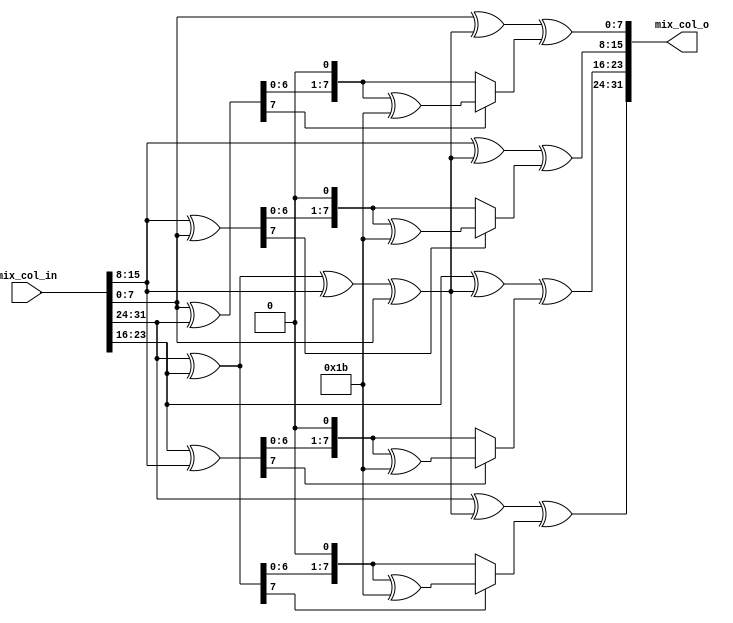
`timescale 1ns/1ns

module mix_columns (
    output [4*8 - 1 : 0] mix_col_o,
    input [4*8 - 1 : 0] mix_col_in
);

    wire [7:0] mix_col_in_2d [0:3];

    // Matrix Convert
    assign mix_col_in_2d[3] = mix_col_in[7:0];
    assign mix_col_in_2d[2] = mix_col_in[15:8];
    assign mix_col_in_2d[1] = mix_col_in[23:16];
    assign mix_col_in_2d[0] = mix_col_in[31:24];

    //Mix One Column
    function [7:0] xtime;
    input [7:0] a;
    begin
        if (a[7] == 1'b1)  
        xtime = (a << 1) ^ 8'h1b;
        else
        xtime = a << 1;
    end
    endfunction

    wire [7:0] t = mix_col_in_2d[0] ^ mix_col_in_2d[1] ^ mix_col_in_2d[2] ^ mix_col_in_2d[3];
    wire [7:0] u = mix_col_in_2d[0];

    assign mix_col_o[31:24] = mix_col_in_2d[0] ^ t ^ xtime(mix_col_in_2d[0] ^ mix_col_in_2d[1]); 
    assign mix_col_o[23:16] = mix_col_in_2d[1] ^ t ^ xtime(mix_col_in_2d[1] ^ mix_col_in_2d[2]);
    assign mix_col_o[15:8] = mix_col_in_2d[2] ^ t ^ xtime(mix_col_in_2d[2] ^ mix_col_in_2d[3]);
    assign mix_col_o[7:0] = mix_col_in_2d[3] ^ t ^ xtime(mix_col_in_2d[3] ^ u);
    
endmodule